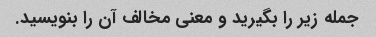
جمله زیر را بگیرید و معنی مخالف آن را بنویسید.